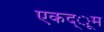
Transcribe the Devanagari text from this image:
एकद्ूम